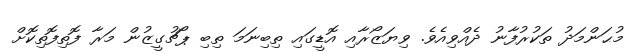
މުޙަންމަދު ތަކުރުފާނު ދެއްވިއެވެ. ވިޔަޒޯރާއި އޮޑީގައި ތިބިނަމަ ތިބި ޕޯޗުގީޒުން މަރާ ފޮތިފޮތިކޮށް